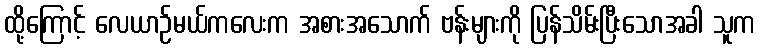
ထို့ကြောင့် လေယာဉ်မယ်ကလေးက အစားအသောက် ဗန်းများကို ပြန်သိမ်းပြီးသောအခါ သူက